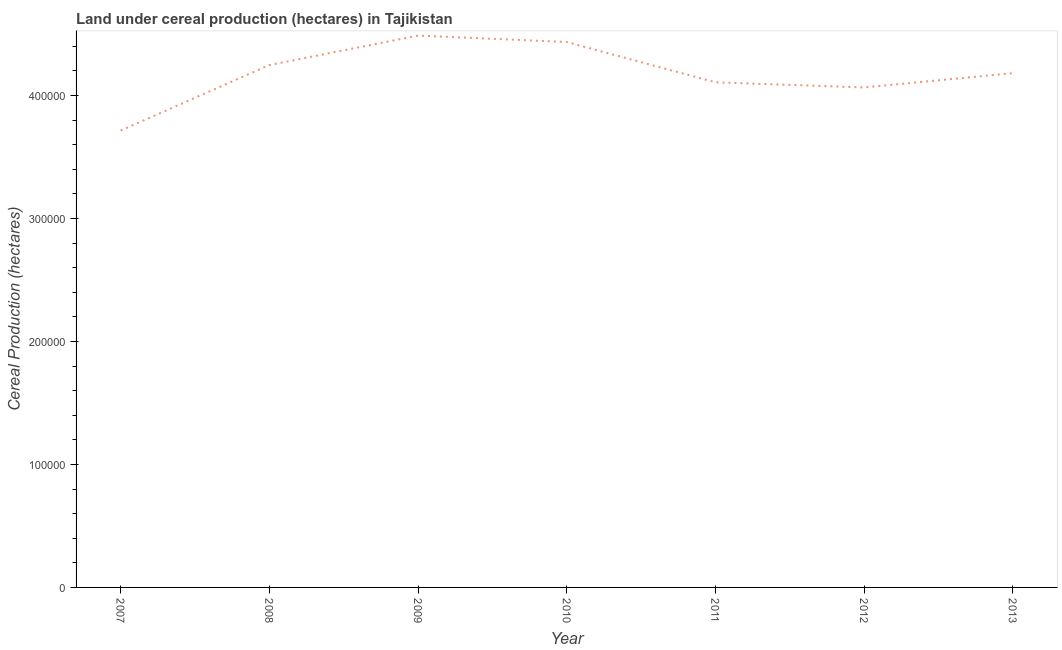
| Year | Land under cereal production (hectares) |
 | --- | --- |
 | 2007 | 3.72e+05 |
 | 2008 | 4.25e+05 |
 | 2009 | 4.49e+05 |
 | 2010 | 4.44e+05 |
 | 2011 | 4.11e+05 |
 | 2012 | 4.07e+05 |
 | 2013 | 4.18e+05 |